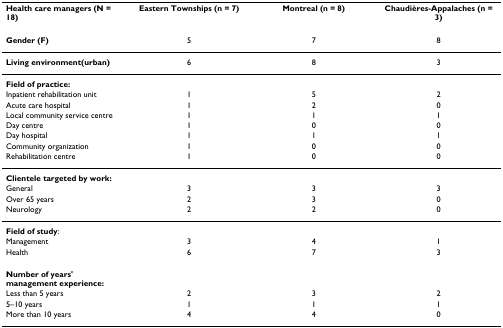
<table><thead><tr><td><b>Health care managers (N = 18)</b></td><td><b>Eastern Townships (n = 7)</b></td><td><b>Montreal (n = 8)</b></td><td><b>Chaudières-Appalaches (n = 3)</b></td></tr></thead><tbody><tr><td><b>Gender (F)</b></td><td>5</td><td>7</td><td>8</td></tr><tr><td><b>Living environment(urban)</b></td><td>6</td><td>8</td><td>3</td></tr><tr><td><b>Field of practice:</b></td><td></td><td></td><td></td></tr><tr><td>Inpatient rehabilitation unit</td><td>1</td><td>5</td><td>2</td></tr><tr><td>Acute care hospital</td><td>1</td><td>2</td><td>0</td></tr><tr><td>Local community service centre</td><td>1</td><td>1</td><td>1</td></tr><tr><td>Day centre</td><td>1</td><td>0</td><td>0</td></tr><tr><td>Day hospital</td><td>1</td><td>1</td><td>1</td></tr><tr><td>Community organization</td><td>1</td><td>0</td><td>0</td></tr><tr><td>Rehabilitation centre</td><td>1</td><td>0</td><td>0</td></tr><tr><td><b>Clientele targeted by work:</b></td><td></td><td></td><td></td></tr><tr><td>General</td><td>3</td><td>3</td><td>3</td></tr><tr><td>Over 65 years</td><td>2</td><td>3</td><td>0</td></tr><tr><td>Neurology</td><td>2</td><td>2</td><td>0</td></tr><tr><td><b>Field of study</b>:</td><td></td><td></td><td></td></tr><tr><td>Management</td><td>3</td><td>4</td><td>1</td></tr><tr><td>Health</td><td>6</td><td>7</td><td>3</td></tr><tr><td><b>Number of years&#x27; management experience:</b></td><td></td><td></td><td></td></tr><tr><td>Less than 5 years</td><td>2</td><td>3</td><td>2</td></tr><tr><td>5–10 years</td><td>1</td><td>1</td><td>1</td></tr><tr><td>More than 10 years</td><td>4</td><td>4</td><td>0</td></tr></tbody></table>